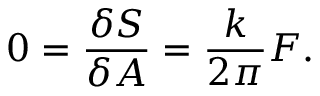
0 = { \frac { \delta S } { \delta A } } = { \frac { k } { 2 \pi } } F .